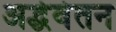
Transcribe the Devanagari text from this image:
अर्द्धवेतन